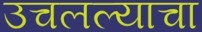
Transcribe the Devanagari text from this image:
उचलल्याचा